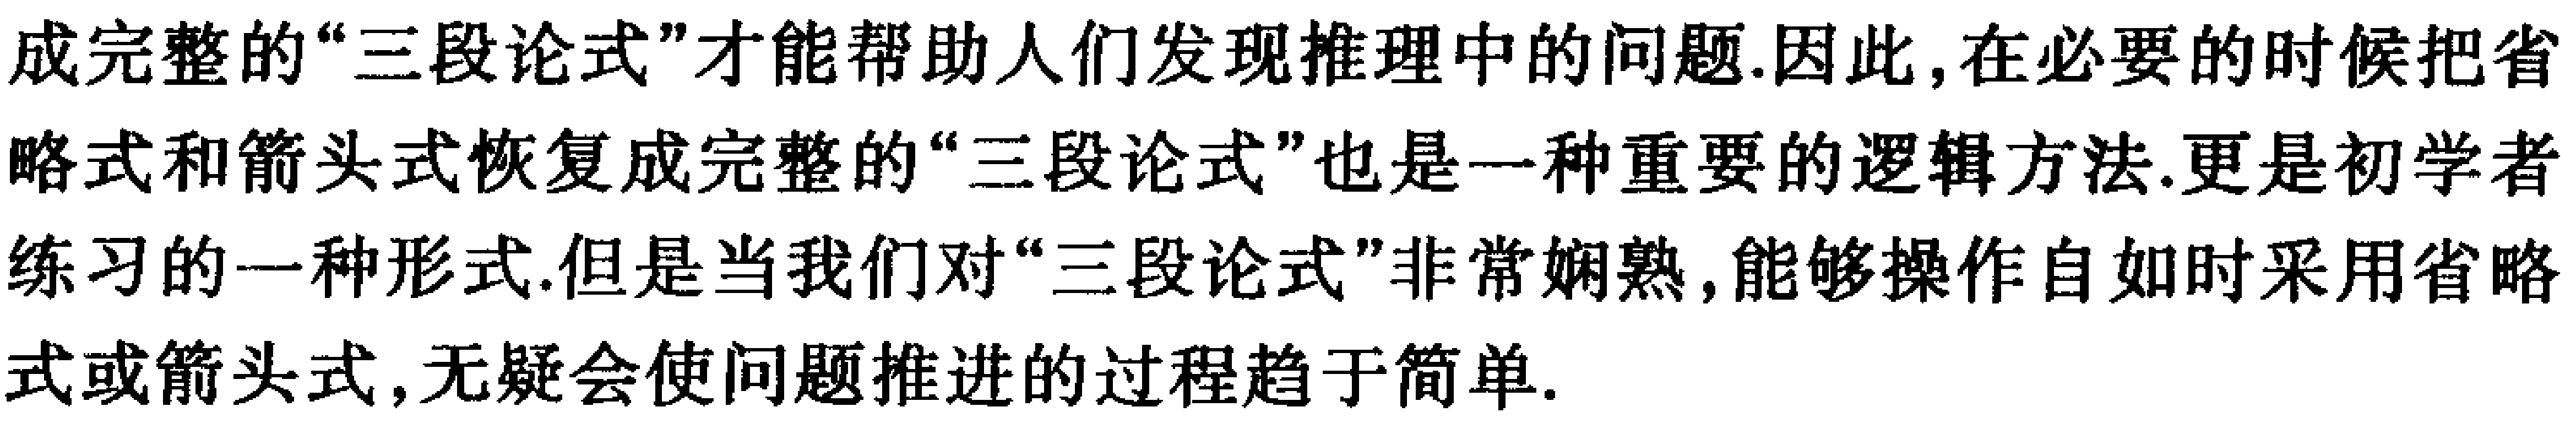
成完整的“三段论式”才能帮助人们发现推理中的问题.因此,在必要的时候把省略式和箭头式恢复成完整的“三段论式”也是一种重要的逻辑方法.更是初学者练习的一种形式.但是当我们对“三段论式”非常娴熟,能够操作自如时采用省略式或箭头式,无疑会使问题推进的过程趋于简单.